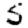
Digit: 5